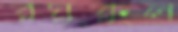
রঘুকুল